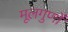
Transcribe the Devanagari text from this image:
मूलगुणों